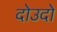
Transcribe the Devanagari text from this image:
दोउदो